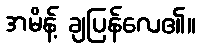
အမိန့် ချပြန်လေ၏။